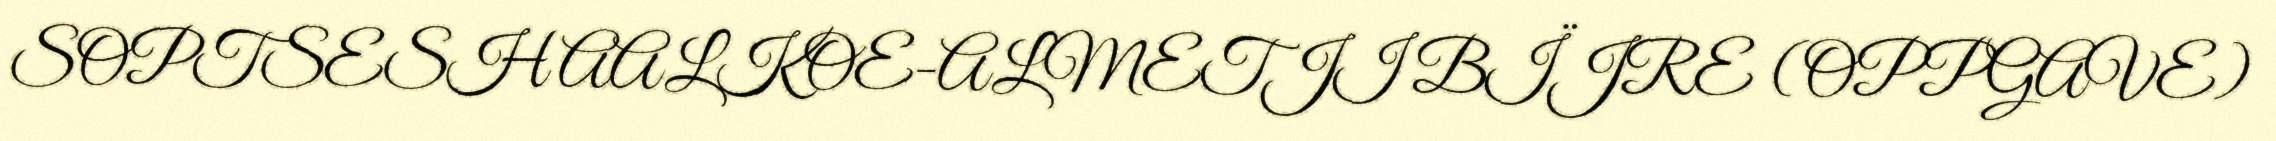
SOPTSESH AALKOE-ALMETJI BÏJRE (OPPGAVE)